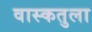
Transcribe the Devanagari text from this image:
वास्कतुला